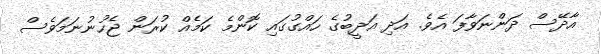
އާދޭސް ދަންނަވާފަ އެވެ. އަދި އަދީބުގެ ހައްގުގައި ކޮންމެ ކަމެއް ކުރަން ޖެހުނުނަމަވެސް